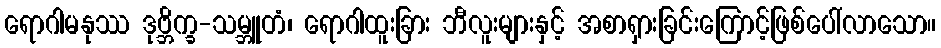
ရောဂါမနုဿ ဒုဗ္ဘိက္ခ-သမ္ဘူတံ၊ ရောဂါထူးခြား ဘီလူးများနှင့် အစာရှားခြင်းကြောင့်ဖြစ်ပေါ်လာသော။